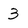
Character: 3